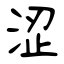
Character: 涩